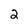
Character: 2